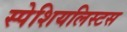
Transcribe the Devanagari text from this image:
स्पेशियलिस्टस